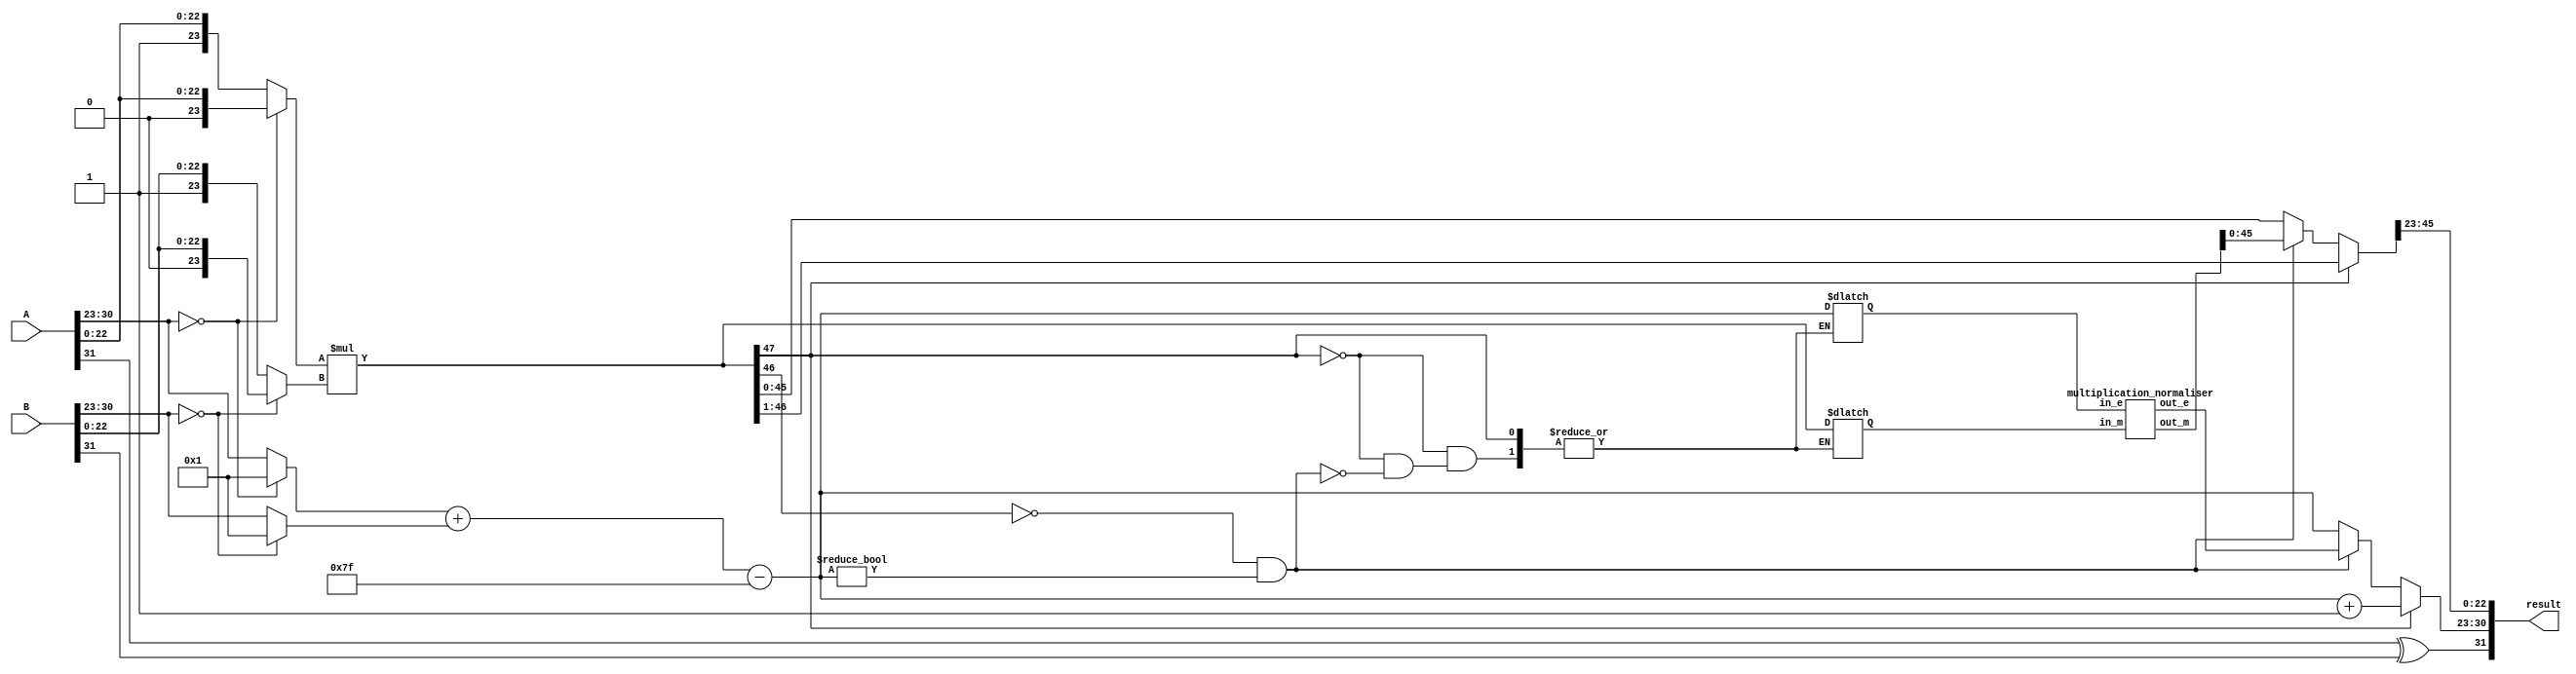
// module FloatingMultiplication #(parameter XLEN=32)
//    (input [31:0]A,
//     input [31:0]B,
//     input clk,
//     // output overflow,
//     // output underflow,
//     // output exception,
//     output reg  [31:0] result);

//     reg [23:0] A_Mantissa,B_Mantissa;
//     reg [22:0] Mantissa;
//     reg [47:0] Temp_Mantissa;
//     reg [7:0] A_Exponent,B_Exponent,Temp_Exponent,diff_Exponent,Exponent; // @suppress "Variable 'diff_Exponent' is never used"
//     reg A_sign,B_sign,Sign;
//     reg [32:0] Temp; // @suppress "Variable 'Temp' is never used"
//     reg [6:0] exp_adjust; // @suppress "Variable 'exp_adjust' is never used"
//     always@(*)
//     begin
//         A_Mantissa = {1'b1,A[22:0]};
//         A_Exponent = A[30:23];
//         A_sign = A[31];

//         B_Mantissa = {1'b1,B[22:0]};
//         B_Exponent = B[30:23];
//         B_sign = B[31];

//         Temp_Exponent = A_Exponent+B_Exponent-127;
//         Temp_Mantissa = A_Mantissa*B_Mantissa;
//         Mantissa = Temp_Mantissa[47] ? Temp_Mantissa[46:24] : Temp_Mantissa[45:23];
//         Exponent = Temp_Mantissa[47] ? Temp_Exponent+1'b1 : Temp_Exponent;
//         Sign = A_sign^B_sign;
//         result = {Sign,Exponent,Mantissa};
//     end
// endmodule

module FloatingMultiplication(A, B, result);
  input  [31:0] A, B;
  output [31:0] result;

  wire [31:0] result;
	reg a_sign;
  reg [7:0] a_exponent;
  reg [23:0] a_mantissa;
	reg b_sign;
  reg [7:0] b_exponent;
  reg [23:0] b_mantissa;

  reg o_sign;
  reg [7:0] o_exponent;
  reg [24:0] o_mantissa;

	reg [47:0] product;

  assign result[31] = o_sign;
  assign result[30:23] = o_exponent;
  assign result[22:0] = o_mantissa[22:0];

	reg  [7:0] i_e;
	reg  [47:0] i_m;
	wire [7:0] o_e;
	wire [47:0] o_m;

	multiplication_normaliser norm1
	(
		.in_e(i_e),
		.in_m(i_m),
		.out_e(o_e),
		.out_m(o_m)
	);


  always @ ( * ) begin
		a_sign = A[31];
		if(A[30:23] == 0) begin
			a_exponent = 8'b00000001;
			a_mantissa = {1'b0, A[22:0]};
		end else begin
			a_exponent = A[30:23];
			a_mantissa = {1'b1, A[22:0]};
		end
		b_sign = B[31];
		if(B[30:23] == 0) begin
			b_exponent = 8'b00000001;
			b_mantissa = {1'b0, B[22:0]};
		end else begin
			b_exponent = B[30:23];
			b_mantissa = {1'b1, B[22:0]};
		end
    o_sign = a_sign ^ b_sign;
    o_exponent = a_exponent + b_exponent - 127;
    product = a_mantissa * b_mantissa;
		// Normalization
    if(product[47] == 1) begin
      o_exponent = o_exponent + 1;
      product = product >> 1;
    end else if((product[46] != 1) && (o_exponent != 0)) begin
      i_e = o_exponent;
      i_m = product;
      o_exponent = o_e;
      product = o_m;
    end
		o_mantissa = product[46:23];
	end
endmodule



module multiplication_normaliser(in_e, in_m, out_e, out_m);
  input [7:0] in_e;
  input [47:0] in_m;
  output [7:0] out_e;
  output [47:0] out_m;

  wire [7:0] in_e;
  wire [47:0] in_m;
  reg [7:0] out_e;
  reg [47:0] out_m;

  always @ ( * ) begin
	  if (in_m[46:41] == 6'b000001) begin
			out_e = in_e - 5;
			out_m = in_m << 5;
		end else if (in_m[46:42] == 5'b00001) begin
			out_e = in_e - 4;
			out_m = in_m << 4;
		end else if (in_m[46:43] == 4'b0001) begin
			out_e = in_e - 3;
			out_m = in_m << 3;
		end else if (in_m[46:44] == 3'b001) begin
			out_e = in_e - 2;
			out_m = in_m << 2;
		end else if (in_m[46:45] == 2'b01) begin
			out_e = in_e - 1;
			out_m = in_m << 1;
		end
  end
endmodule